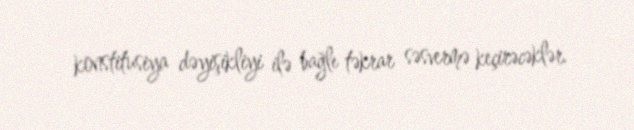
konstitusiya dəyişikliyi ilə bağlı təkrar səsvermə keçirəcəklər.